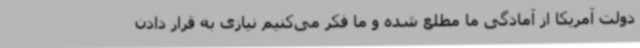
دولت آمریکا از آمادگی ما مطلع شده و ما فکر می‌کنیم نیازی به قرار دادن